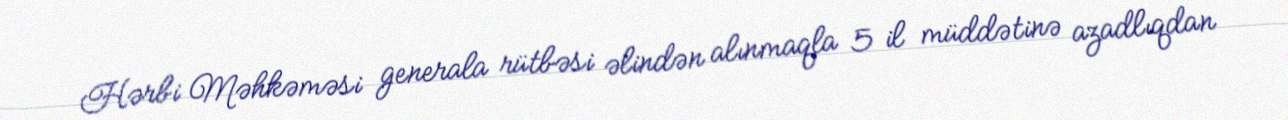
Hərbi Məhkəməsi generala rütbəsi əlindən alınmaqla 5 il müddətinə azadlıqdan